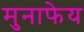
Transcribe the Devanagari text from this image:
मुनाफेय